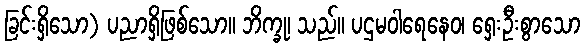
ခြင်းရှိသော) ပညာရှိဖြစ်သော။ ဘိက္ခု၊ သည်။ ပဌမဝါရေနေဝ၊ ရှေးဦးစွာသော